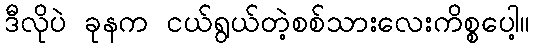
ဒီလိုပဲ ခုနက ငယ်ရွယ်တဲ့စစ်သားလေးကိစ္စပေါ့။